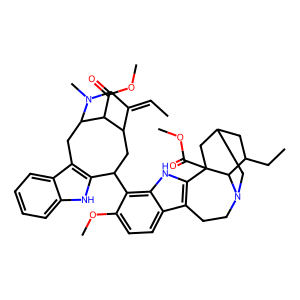
SMILES: CC=C1CN(C)C2Cc3c([nH]c4ccccc34)C(c3c(OC)ccc4c5c([nH]c34)C3(C(=O)OC)CC4CC(CC)C3N(CC5)C4)CC1C2C(=O)OC
Inhibits HIV replication: No